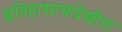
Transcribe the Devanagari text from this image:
इतिहासाचादेखील